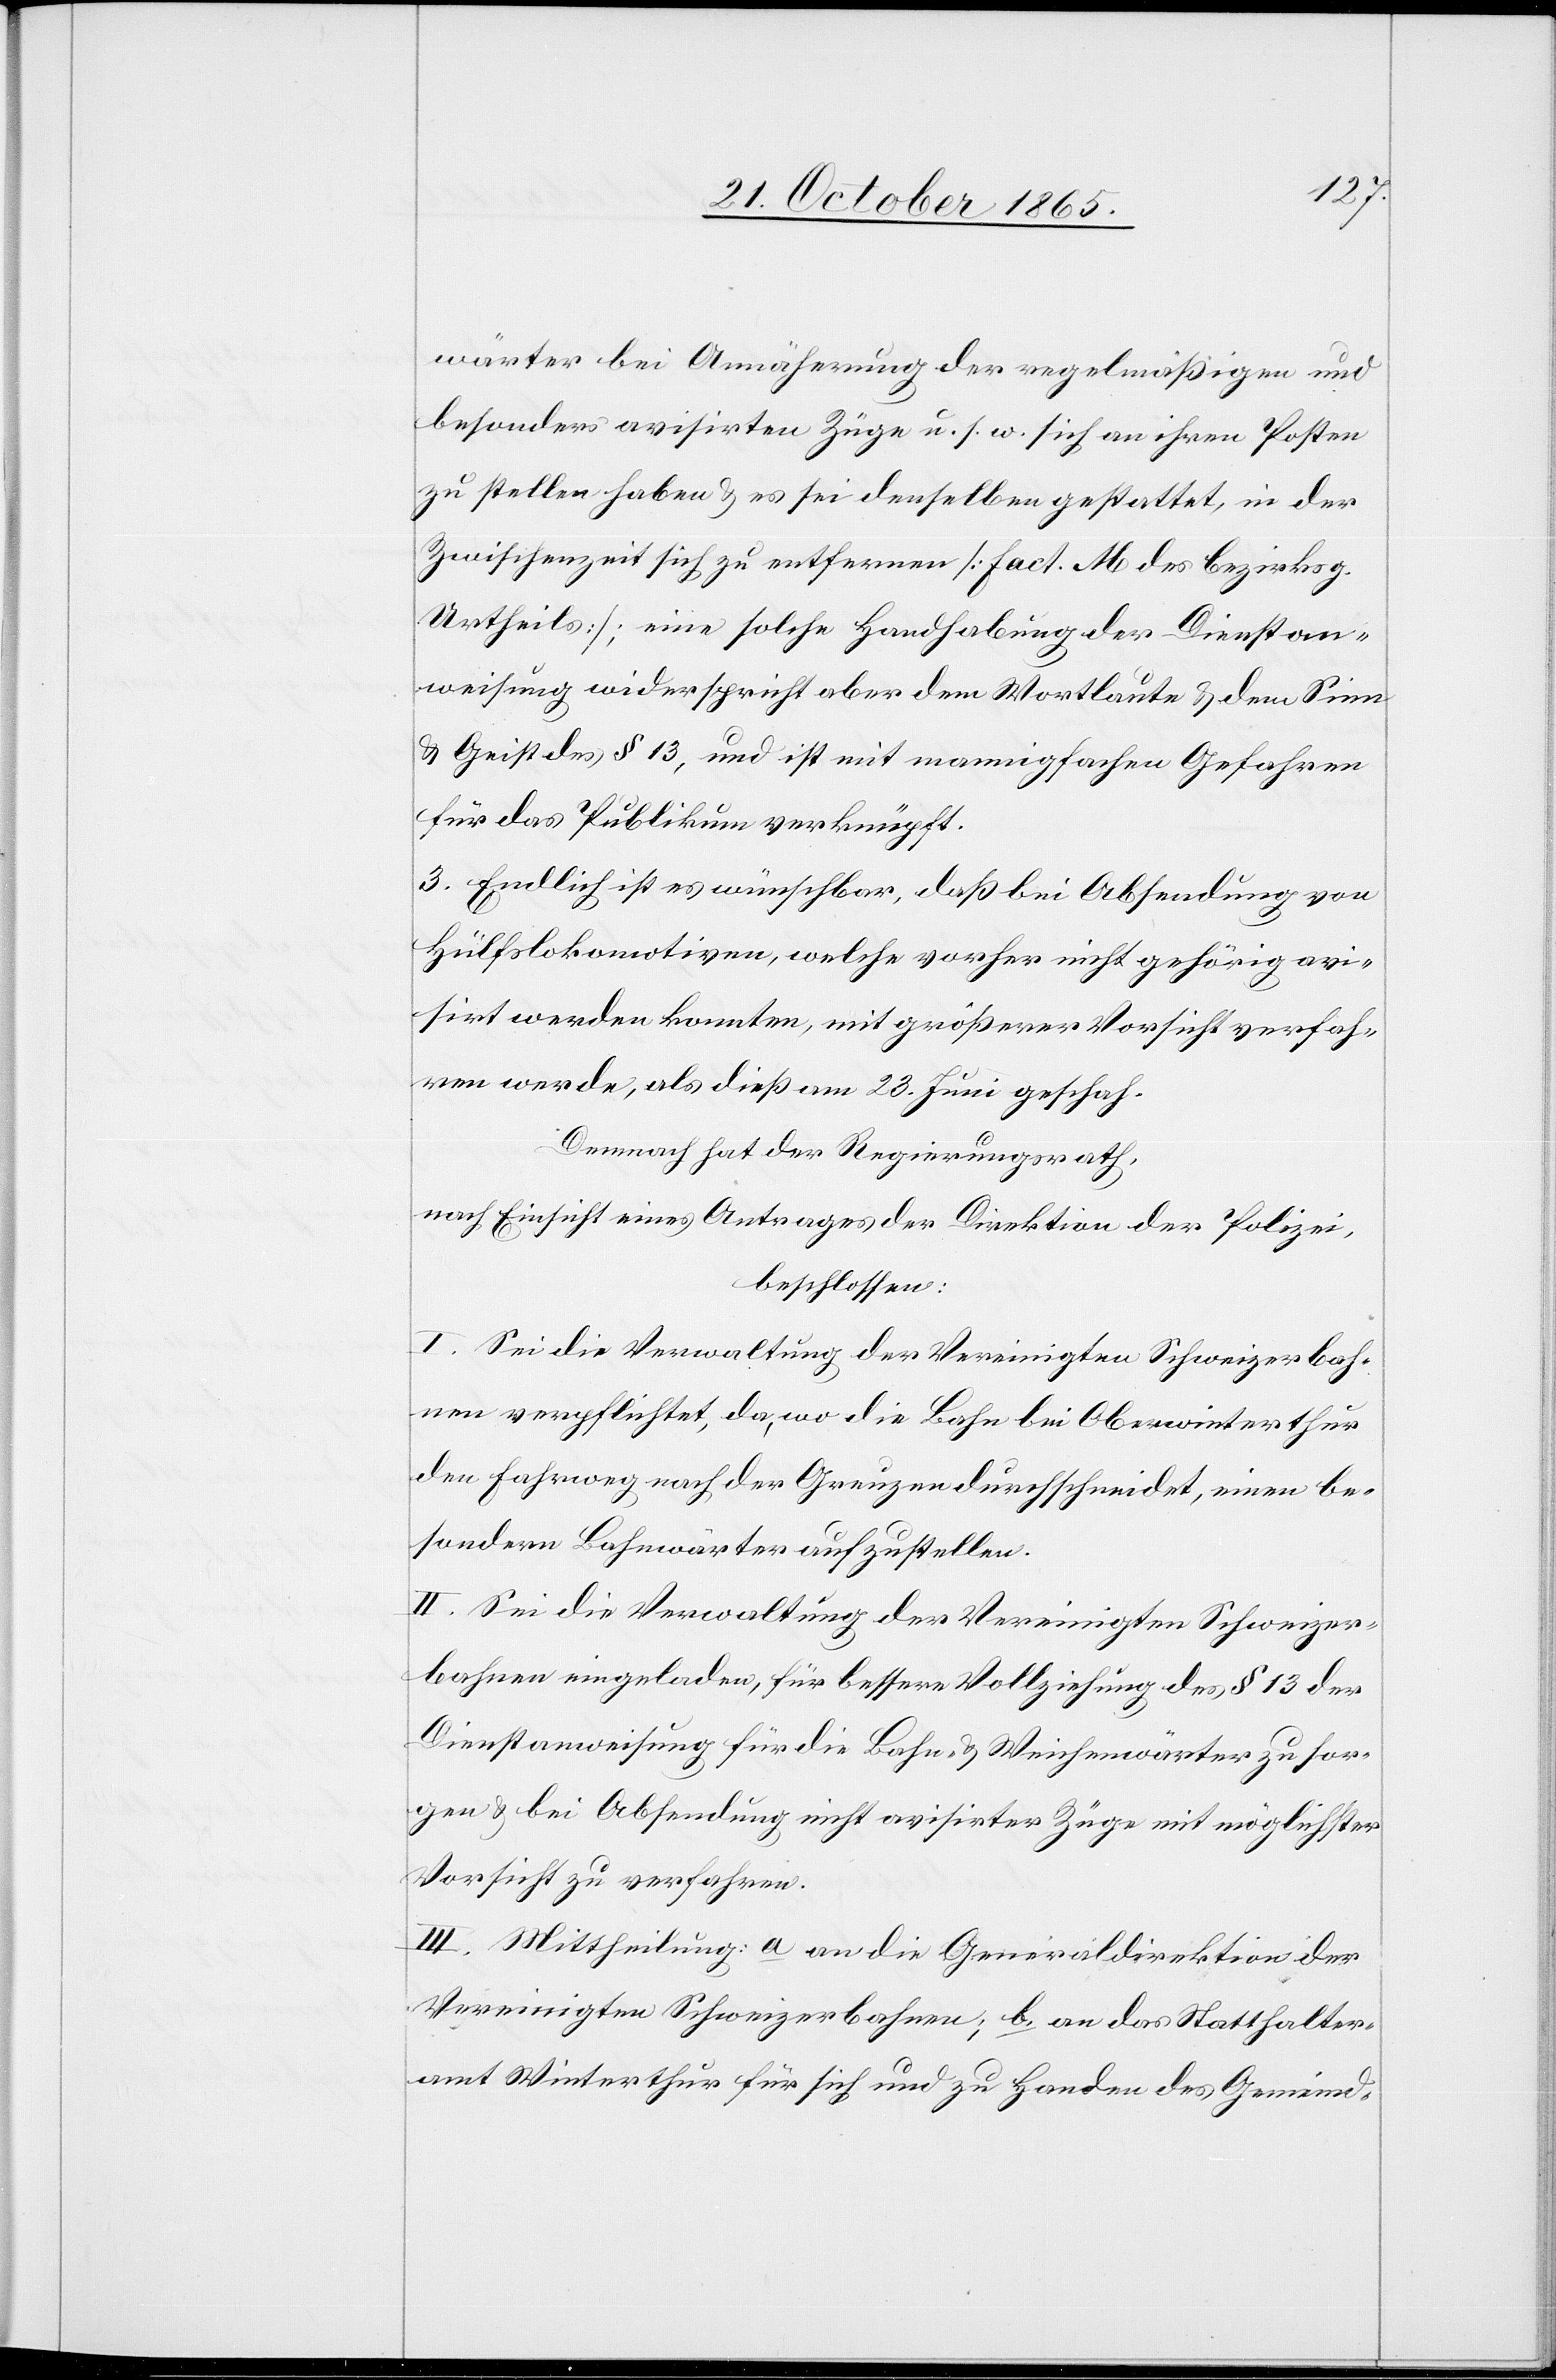
wärter bei Annäherung der regelmäßigen und
besonders avisirten Züge u. s. w. sich an ihren Posten
zu stellen haben & es sei denselben gestattet, in der
Zwischenzeit sich zu entfernen [Fact. M des bezirksg.
Urtheils]; eine solche Handhabung der Dienstan¬
weisung widerspricht aber dem Wortlaute & dem Sinn
& Geist des § 13, und ist mit mannigfachen Gefahren
für das Publikum verknüpft.
3. Endlich ist es wünschbar, daß bei Absendung von
Hülfslokomotiven, welche vorher nicht gehörig avi¬
sirt werden konnten, mit größerer Vorsicht verfah¬
ren werde, als dieß am 23. Juni geschah.
Demnach hat der Regierungsrath,
nach Einsicht eines Antrages der Direktion der Polizei,
beschlossen:
I. Sei die Verwaltung der Vereinigten Schweizerbah¬
nen verpflichtet, da, wo die Bahn bei Oberwinterthur
den Fahrweg nach der Greuzen durchschneidet, einen be¬
sondern Bahnwärter aufzustellen.
II. Sei die Verwaltung der Vereinigten Schweizer¬
bahnen eingeladen, für bessere Vollziehung des § 13 der
Dienstanweisung für die Bahn- & Weichenwärter zu sor¬
gen & bei Absendung nicht avisirter Züge mit möglichster
Vorsicht zu verfahren.
III. Mittheilung: a. an die Generaldirektion der
Vereinigten Schweizerbahnen; b. an das Statthalter¬
amt Winterthur für sich und zu Handen des Gemeind-